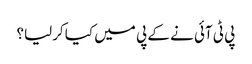
پی ٹی آئی نے کے پی میں کیا کرلیا؟